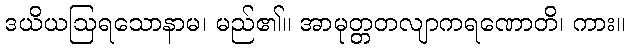
ဒယိယဩရသောနာမ၊ မည်၏။ အာမုတ္တတလျာကရဏောတိ၊ ကား။